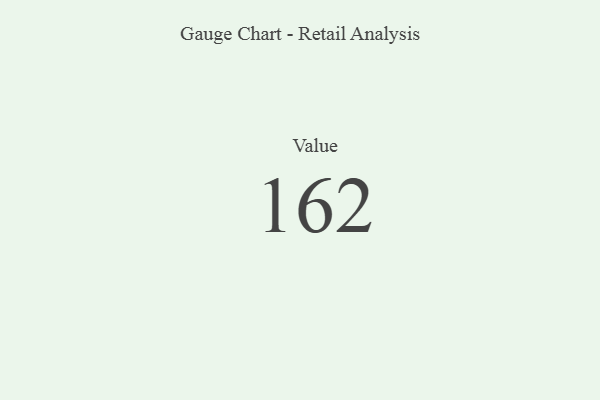
{"axis": {"x": "Metric", "y": "Value"}, "legend": [""], "data": [{"x": "Value", "y": 162, "type": ""}]}